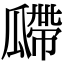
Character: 𤬎